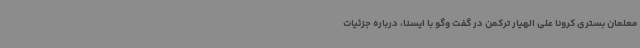
معلمان بستری کرونا علی الهیار ترکمن در گفت وگو با ایسنا، درباره جزئیات